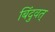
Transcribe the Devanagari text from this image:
बिंदुवत्